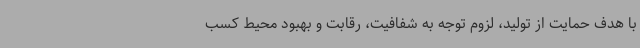
با هدف حمایت از تولید، لزوم توجه به شفافیت، رقابت و بهبود محیط کسب